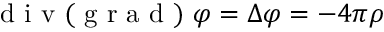
\textrm { d i v } ( \textrm { g r a d } ) \ \varphi = \Delta \varphi = - 4 \pi \rho